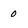
Character: 0